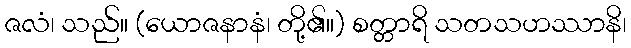
ဇလံ၊ သည်။ (ယောဇနာနံ၊ တို့၏။) စတ္တာရိ သတသဟဿာနိ၊